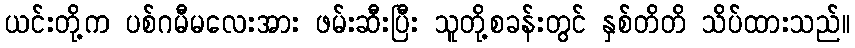
ယင်းတို့က ပစ်ဂမီမလေးအား ဖမ်းဆီးပြီး သူတို့စခန်းတွင် နှစ်တိတိ သိပ်ထားသည်။